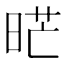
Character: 𭦇